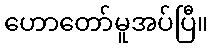
ဟောတော်မူအပ်ပြီ။